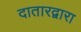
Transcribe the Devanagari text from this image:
दातारद्वारा